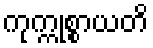
ကုက္ကုစ္စာယတိ